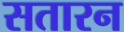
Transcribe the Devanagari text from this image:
सतारन